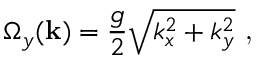
\Omega _ { y } ( \mathbf { k } ) = \frac { g } { 2 } \sqrt { k _ { x } ^ { 2 } + k _ { y } ^ { 2 } } \textrm { , }